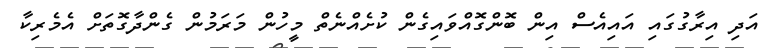
އަދި އިރާގުގައި އައިއެސް އިން ބޮންގޮއްވައިގެން ކުށެއްނެތް މީހުން މަރަމުން ގެންދާގޮތަށް އެމެރިކާ